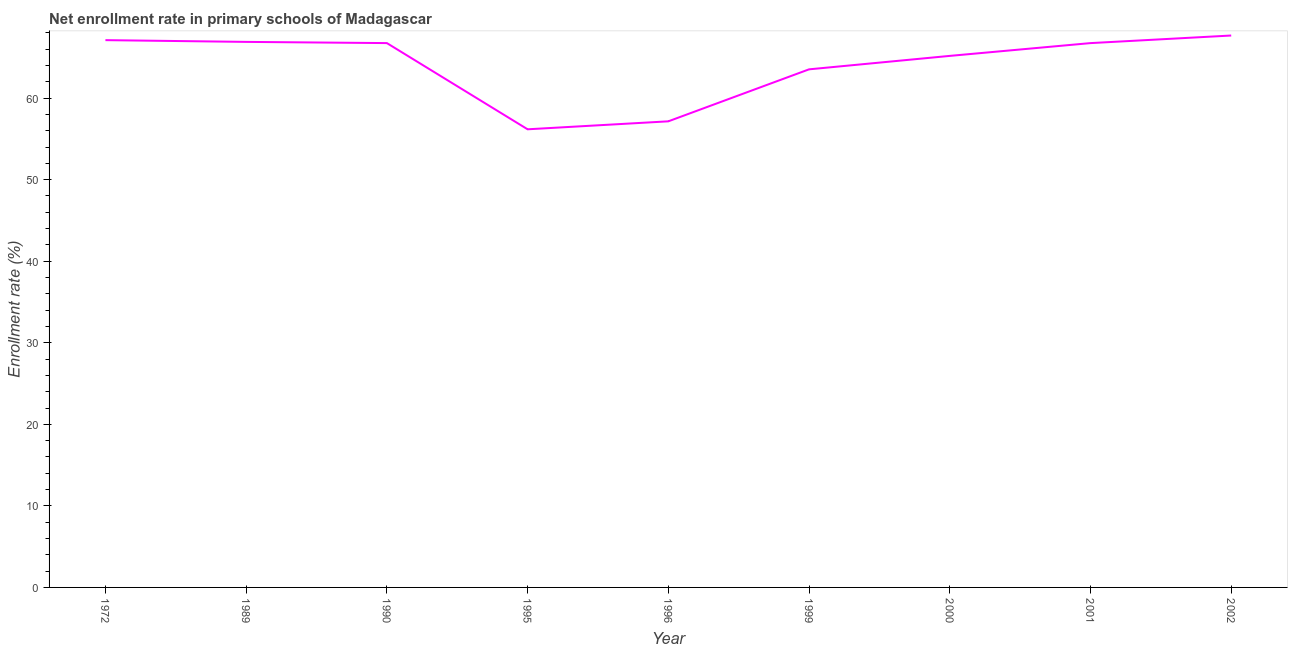
| Year | Adjusted net enrolment rate |
 | --- | --- |
 | 1972 | 67.1 |
 | 1989 | 66.9 |
 | 1990 | 66.8 |
 | 1995 | 56.2 |
 | 1996 | 57.2 |
 | 1999 | 63.5 |
 | 2000 | 65.2 |
 | 2001 | 66.7 |
 | 2002 | 67.7 |